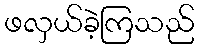
ဖလှယ်ခဲ့ကြသည်